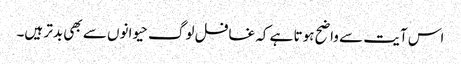
اس آیت سے واضح ہوتا ہے کہ غافل لوگ حیوانوں سے بھی بدتر ہیں۔